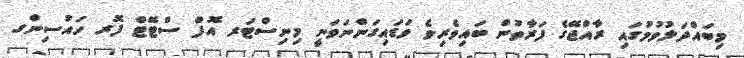
މިބައްދަލުވުމުގައި ރާއްޖޭގެ ފަރާތުން ބައިވެރިވެ ވަޑައިގަންނަވަނީ މިނިސްޓަރ އޮފް ސްޓޭޓް ފޮރ ހައުސިންގ